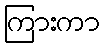
ကြားကာ